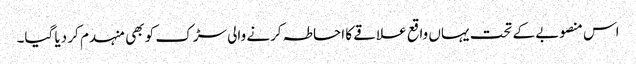
اس منصوبے کے تحت یہاں واقع علاقے کا احاطہ کرنے والی سڑک کو بھی منہدم کر دیا گیا۔